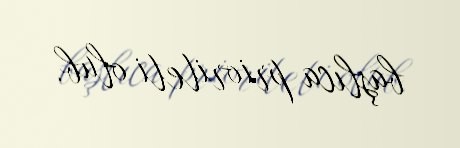
başlıca prioriteti olub.